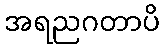
အရညဂတာပိ